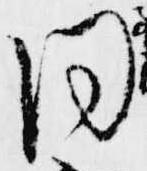
同